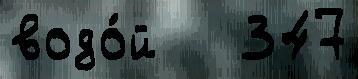
водо́й   347